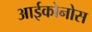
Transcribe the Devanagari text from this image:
आईकोनोस